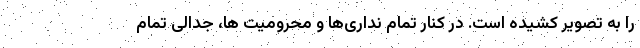
را به تصویر کشیده است. در کنار تمام نداری‌ها و محرومیت ها، جدالی تمام